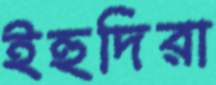
ইহুদিরা